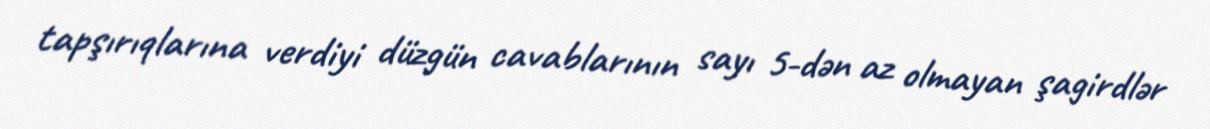
tapşırıqlarına verdiyi düzgün cavablarının sayı 5-dən az olmayan şagirdlər